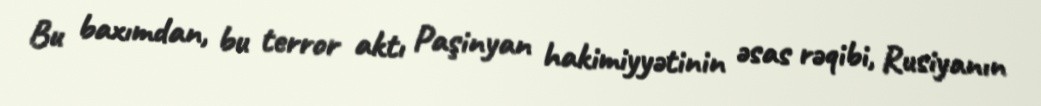
Bu baxımdan, bu terror aktı Paşinyan hakimiyyətinin əsas rəqibi, Rusiyanın